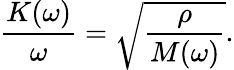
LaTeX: \frac{K(\omega)}{\omega}=\sqrt{\frac{\rho}{M(\omega)}}.